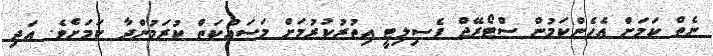
ނެތް ކަމަށް އެހެންކަމުން ސްޓޯރޭޖް ފެސިލިޓީ އިތުރުކުރުމަށް މަސައްކަތް ކުރަމުންދާ ކަަމަށެވެ. އަދި